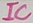
Text: IC